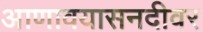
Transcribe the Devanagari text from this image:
आणावयासनदीवर